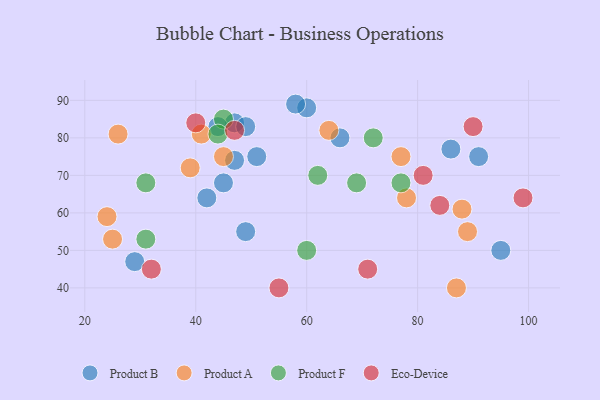
{"axis": {"x": "GDP", "y": "Life Expectancy"}, "legend": ["Eco-Device", "Product A", "Product B", "Product F"], "data": [{"x": "66", "y": 80, "type": "Product B"}, {"x": "91", "y": 75, "type": "Product B"}, {"x": "51", "y": 75, "type": "Product B"}, {"x": "47", "y": 84, "type": "Product B"}, {"x": "49", "y": 55, "type": "Product B"}, {"x": "45", "y": 68, "type": "Product B"}, {"x": "29", "y": 47, "type": "Product B"}, {"x": "60", "y": 88, "type": "Product B"}, {"x": "86", "y": 77, "type": "Product B"}, {"x": "47", "y": 74, "type": "Product B"}, {"x": "58", "y": 89, "type": "Product B"}, {"x": "49", "y": 83, "type": "Product B"}, {"x": "44", "y": 83, "type": "Product B"}, {"x": "42", "y": 64, "type": "Product B"}, {"x": "95", "y": 50, "type": "Product B"}, {"x": "41", "y": 81, "type": "Product A"}, {"x": "26", "y": 81, "type": "Product A"}, {"x": "87", "y": 40, "type": "Product A"}, {"x": "45", "y": 75, "type": "Product A"}, {"x": "39", "y": 72, "type": "Product A"}, {"x": "64", "y": 82, "type": "Product A"}, {"x": "88", "y": 61, "type": "Product A"}, {"x": "24", "y": 59, "type": "Product A"}, {"x": "78", "y": 64, "type": "Product A"}, {"x": "89", "y": 55, "type": "Product A"}, {"x": "25", "y": 53, "type": "Product A"}, {"x": "77", "y": 75, "type": "Product A"}, {"x": "60", "y": 50, "type": "Product F"}, {"x": "62", "y": 70, "type": "Product F"}, {"x": "69", "y": 68, "type": "Product F"}, {"x": "72", "y": 80, "type": "Product F"}, {"x": "77", "y": 68, "type": "Product F"}, {"x": "45", "y": 85, "type": "Product F"}, {"x": "44", "y": 81, "type": "Product F"}, {"x": "31", "y": 53, "type": "Product F"}, {"x": "31", "y": 68, "type": "Product F"}, {"x": "81", "y": 70, "type": "Eco-Device"}, {"x": "71", "y": 45, "type": "Eco-Device"}, {"x": "84", "y": 62, "type": "Eco-Device"}, {"x": "47", "y": 82, "type": "Eco-Device"}, {"x": "90", "y": 83, "type": "Eco-Device"}, {"x": "55", "y": 40, "type": "Eco-Device"}, {"x": "32", "y": 45, "type": "Eco-Device"}, {"x": "40", "y": 84, "type": "Eco-Device"}, {"x": "99", "y": 64, "type": "Eco-Device"}]}